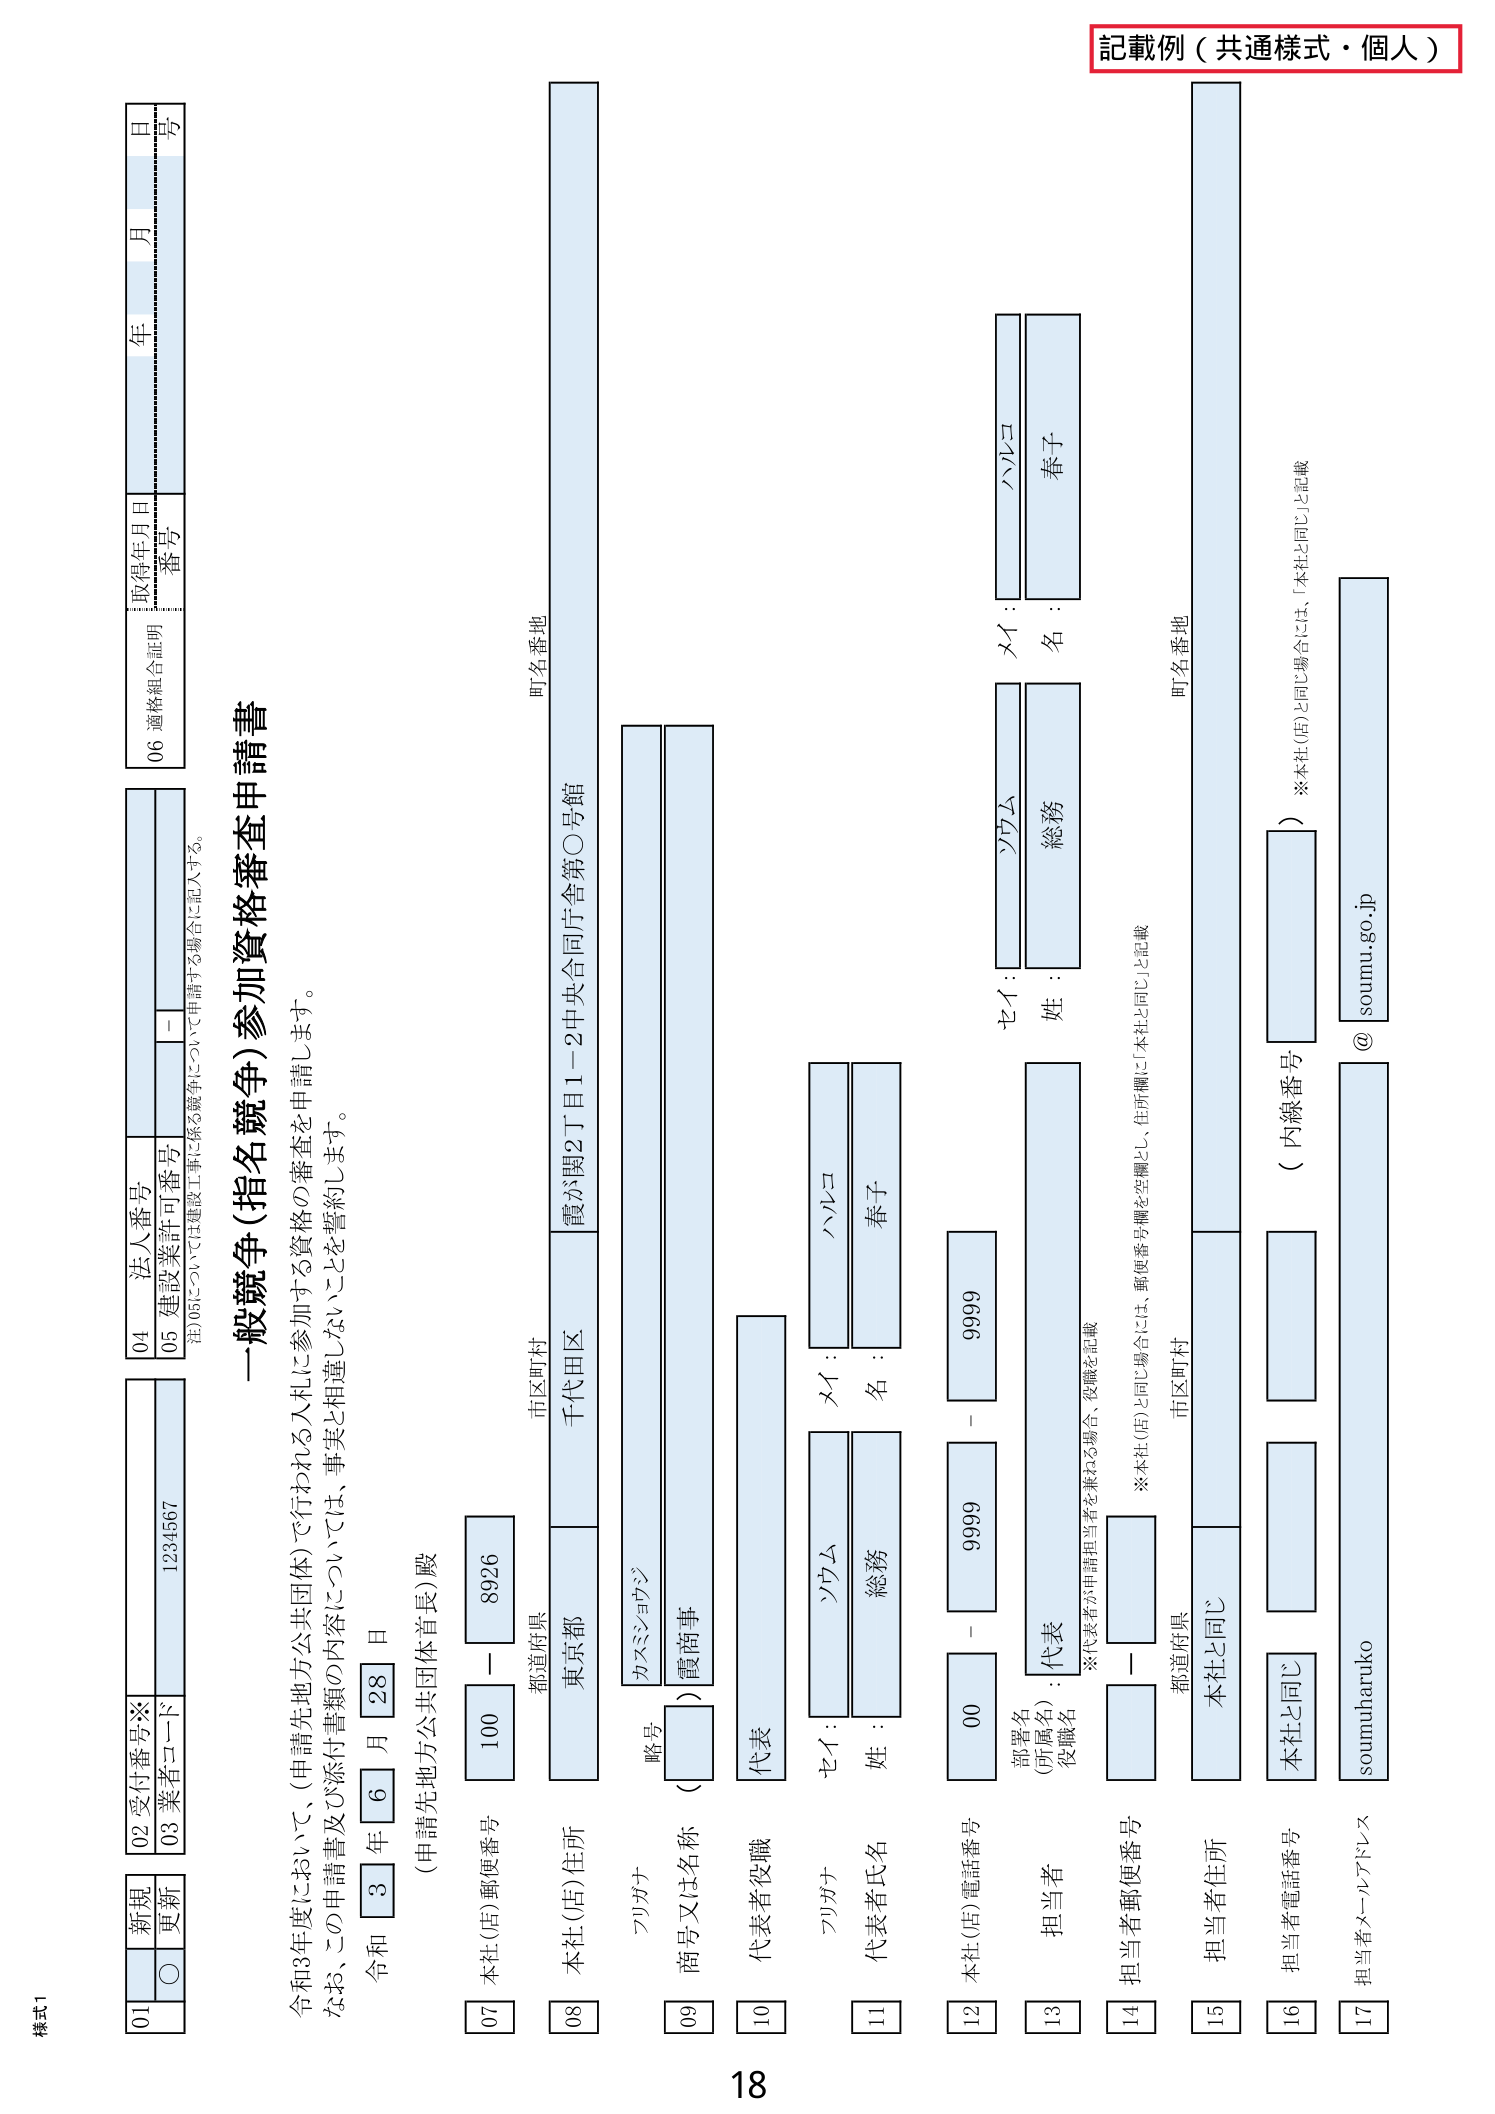
記載例（共通様式・個人）

様式1

01 新規
〇 更新

02 受付番号※
03 業者コード
1234567

04 法人番号
05 建設業許可番号
－
※05について建設工事に係る競争について申請する場合に記入する。

一般競争（指名競争）参加資格審査申請書

令和3年度において、（申請先地方公共団体）で行われる入札に参加する資格の審査を申請します。
なお、この申請書及び添付書類の内容については、事実と相違しないことを誓約します。

令和 3 年 6 月 28 日
（申請先地方公共団体首長）殿

06 適格組合証明
取得年月日
年 月 日
番号
号

07 本社（店）郵便番号
100－8926

08 本社（店）住所
都道府県
東京都
市区町村
千代田区
町名番地
霞が関2丁目1－2中央合同庁舎第○号館

09 商号又は名称（略号）
カミシヨウジ
（）霞商事

10 代表者役職
代表

11 代表者氏名
フリガナ
セイ：ソウム
メイ：ハルコ
姓：総務
名：春子

12 本社（店）電話番号
00－9999－9999

13 担当者
部署名
（所属名）
役職名
代表
※代表者が申請担当者を兼ねる場合、役職を記載

14 担当者郵便番号
－
※本社（店）と同じ場合は、郵便番号欄を空欄とし、住所欄に「本社と同じ」と記載

15 担当者住所
都道府県
本社と同じ
市区町村
町名番地

16 担当者電話番号
（内線番号）
※本社（店）と同じ場合には、「本社と同じ」と記載

17 担当者メールアドレス
soumuharuko@soumu.go.jp

18